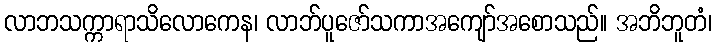
လာဘသက္ကာရာသိလောကေန၊ လာဘ်ပူဇော်သကာအကျော်အစောသည်။ အဘိဘူတံ၊